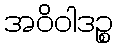
အဝိဝါဒဉ္စ